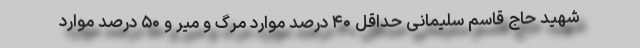
شهید حاج قاسم سلیمانی حداقل ۴۰ درصد موارد مرگ و میر و ۵۰ درصد موارد